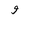
Letter: _waw